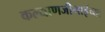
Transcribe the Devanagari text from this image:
कल्याणजीभाईंच्या